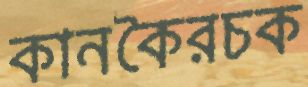
কানকৈরচক